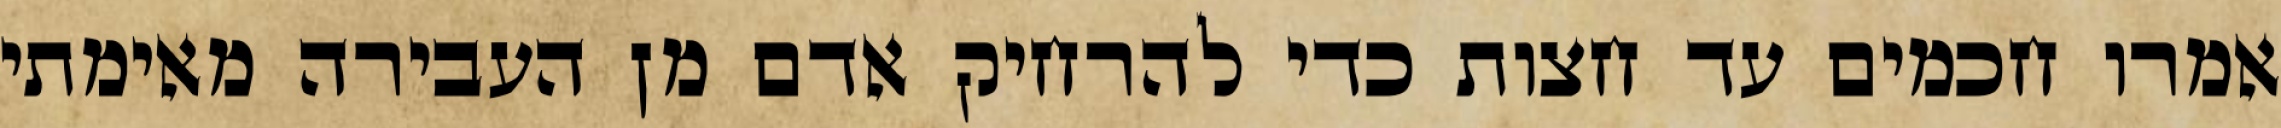
אמרו חכמים עד חצות כדי להרחיק אדם מן העבירה מאימתי